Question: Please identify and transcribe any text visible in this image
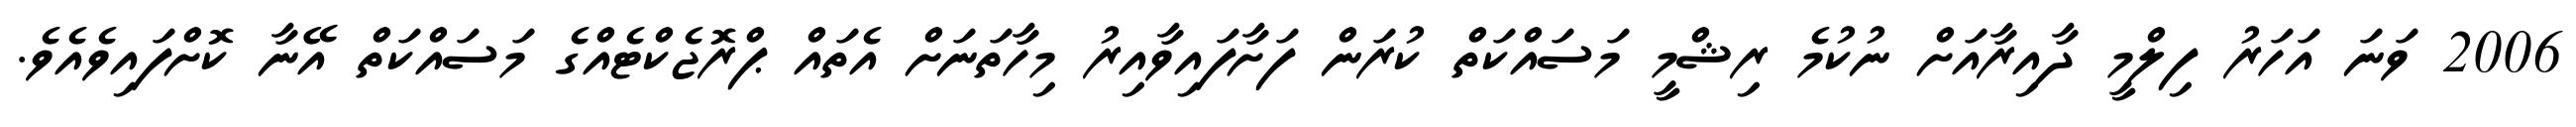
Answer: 2006 ވަނަ އަހަރު ފިލްމީ ދާއިރާއަށް ނުކުމެ ރިޝްމީ މަސައްކަތް ކުރަން ފަށާފައިވާއިރު މިހާތަނަށް އެތައް ޕްރޮޖެކްޓެއްގެ މަސައްކަތް އޭނާ ކޮށްފައިވެއެވެ.